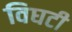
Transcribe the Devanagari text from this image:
विघटी